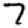
Digit: 7